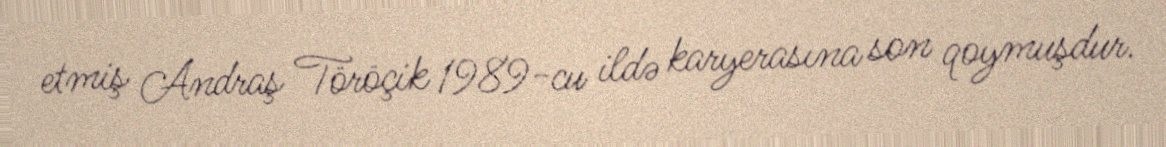
etmiş Andraş Töröçik 1989-cu ildə karyerasına son qoymuşdur.